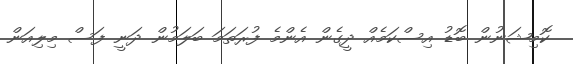
ކޮމިޝަނުން ބޮޑު އިސްކަމެއް ދީގެން އެންމެ ފުރަތަމަ ބަލަމުން ދަނީ ފަސް މިލިއަން